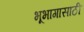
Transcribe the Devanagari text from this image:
भूभागासाठी